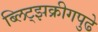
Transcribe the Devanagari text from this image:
ब्लिट्झक्रीगपुढे